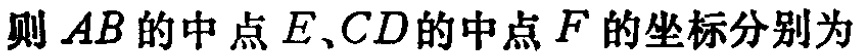
则 \(AB\) 的中点 \(E、CD\) 的中点 \(F\) 的坐标分别为